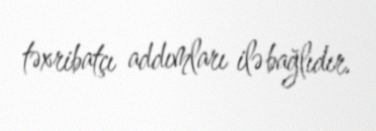
təxribatçı addımları ilə bağlıdır.